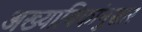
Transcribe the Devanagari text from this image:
अख्यायिकांनुसार